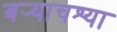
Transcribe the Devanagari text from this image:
बर्‍याचश्या